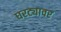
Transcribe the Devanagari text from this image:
घरट्यावर